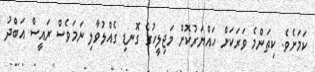
ކަމަށެވެ. ކިތަންމެ ވަރަކަށް ހައްޔަރުކޮށް މަޖިލީހުގެ ގޮނޑި ގެއްލުވާލި ނަމަވެސް ރައީސް އަބްދު